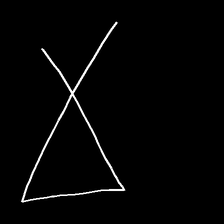
Glyph: collection